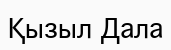
Қызыл Дала